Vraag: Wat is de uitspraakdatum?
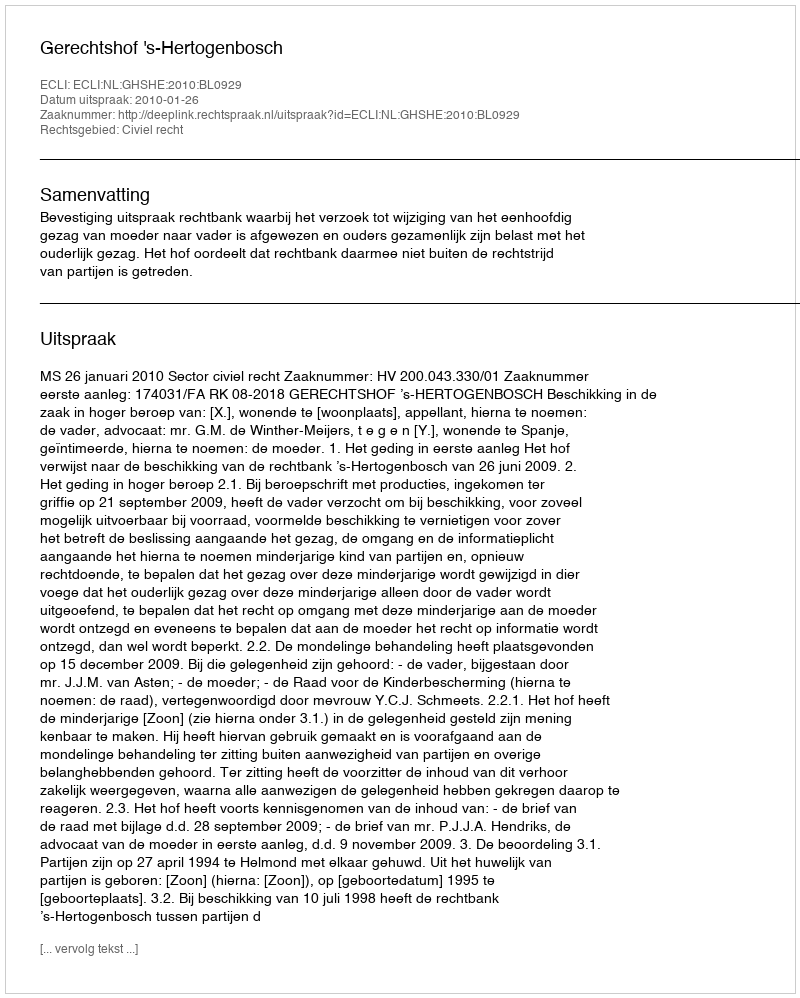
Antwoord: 2010-01-26